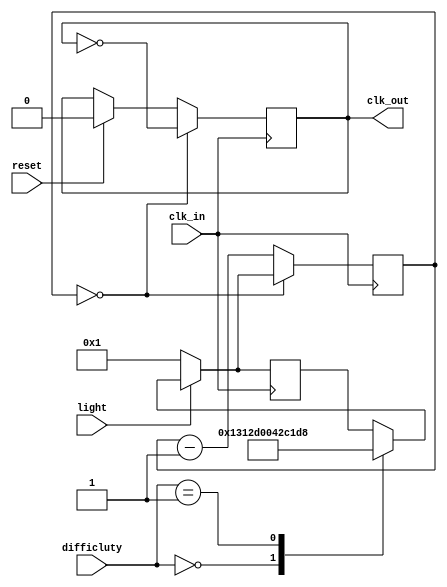
module my_pll(clk_in, clk_out,difficluty,reset,light);
	input reset, clk_in;
	input light;
	input  [2:0]difficluty;
	output reg clk_out;
	//reg clk_out;
	reg [25:0] counter;
	reg [25:0]counter_max = 5_000_000/4;
	always@ (posedge clk_in)
	begin
		
		if(reset)
		begin
			clk_out <= 0;
			counter <= counter_max;
		end
		
		if(light==0)
		begin
			//clk_out <= 1 ;
			counter_max = 1;
		end
		else
		begin
				case(difficluty)
				000:
					begin 
						counter_max = 20_000_000/4;
						counter<=counter_max;
					end
				001:
					begin 
						counter_max = 17_500_000/4;
						counter<=counter_max;
					end
				010:
					begin
						counter_max = 15_000_000/4;
						counter<=counter_max;
					end
				011:
					begin
						counter_max = 12_500_000/4;
						counter<=counter_max;
					end
				100:
					begin
						counter_max = 1;
						counter<=counter_max;
					end
				101:
					begin
						counter_max = 50000;
						counter<=counter_max;
					end
				endcase
		end	
		
		if (counter == 0)
		begin
			counter <= counter_max;
			clk_out <= ~clk_out;
		end
		else
		begin
			counter <= counter - 1;
		end
		
	end
endmodule